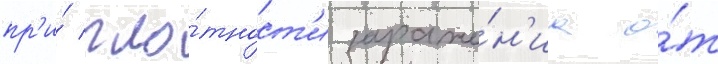
пр'и́ пло́тност'и зараже́н'иа о́т